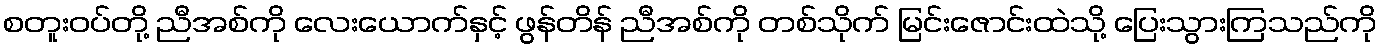
စတူးဝပ်တို့ ညီအစ်ကို လေးယောက်နှင့် ဖွန်တိန် ညီအစ်ကို တစ်သိုက် မြင်းဇောင်းထဲသို့ ပြေးသွားကြသည်ကို